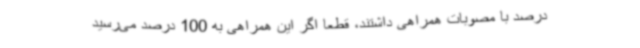
درصد با مصوبات همراهی داشتند، قطعا اگر این همراهی به 100 درصد می‌رسید